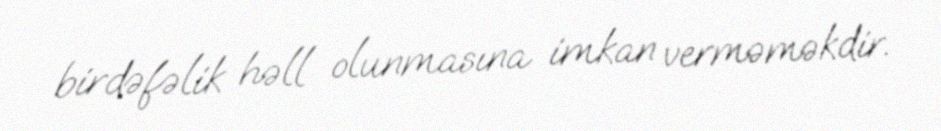
birdəfəlik həll olunmasına imkan verməməkdir.